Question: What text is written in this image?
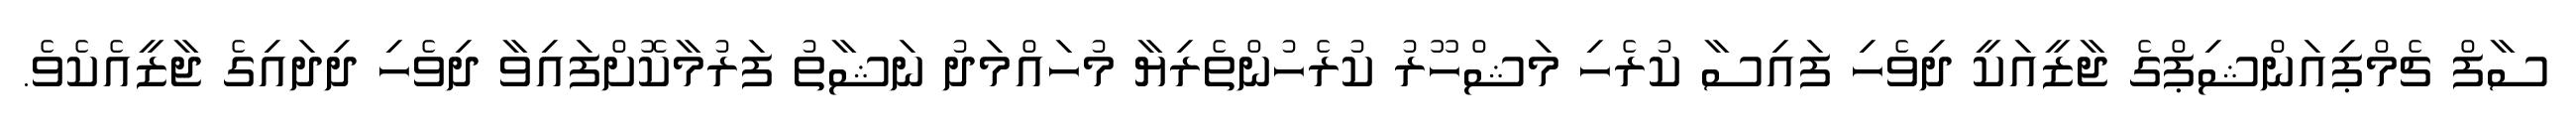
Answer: ސާފް ޗެމްޕިއަންޝިޕްގެ ޖާޒީއަކީ ދިވެހި ފައިސާ ކުރެހި މަޝްހޫރު ކުރެހުންތެރިޔާ މުހައްމަދު ނަޝާތު ފަރުމާކޮށްފައިވާ ދިވެހި ދިދައިގެ ޖާޒީއެކެވެ.